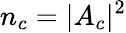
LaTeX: n_{c}=|A_{c}|^{2}